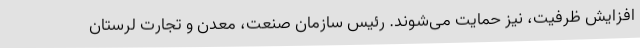
افزایش ظرفیت، نیز حمایت می‌شوند. رئیس سازمان صنعت، معدن و تجارت لرستان